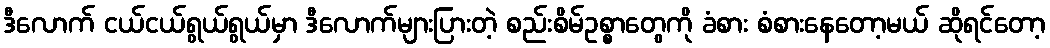
ဒီလောက် ငယ်ငယ်ရွယ်ရွယ်မှာ ဒီလောက်များပြားတဲ့ စည်းစိမ်ဥစ္စာတွေကို ခံစား စံစားနေတော့မယ် ဆိုရင်တော့